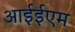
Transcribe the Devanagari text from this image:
आईईएम